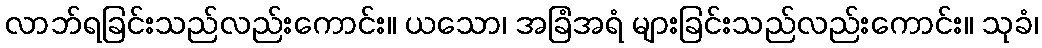
လာဘ်ရခြင်းသည်လည်းကောင်း။ ယသော၊ အခြံအရံ များခြင်းသည်လည်းကောင်း။ သုခံ၊